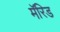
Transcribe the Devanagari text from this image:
मॅरिड